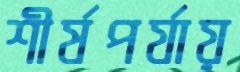
শীর্ষপর্যায়